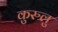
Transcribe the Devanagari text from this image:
कुरुलु